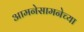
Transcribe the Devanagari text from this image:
आमनेसामनेच्या